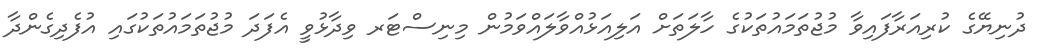
ދުނިޔޭގެ ކުރިއަރާފައިވާ މުޖުތަމައުތަކުގެ ހާލަތަށް އަލިއަޅުއްވާލައްވަމުން މިނިސްޓަރ ވިދާޅުވީ އެފަދަ މުޖުތަމައުތަކުގައި އުފެދިގެންދާ